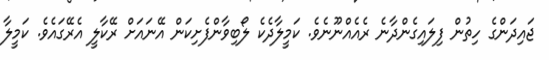
ޖައިދަންގެ ހިތުން ފިލައިގެންދާނެ ރެއެއްނޫނެވެ. ކަމީލާދެކެ ލޯބިވާންފެށިކަން އޭނައަށް ރޭކާލީ އެރޭގައެވެ. ކަމީލާ